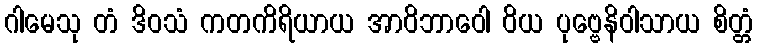
ဂါမေသု တံ ဒိဝသံ ကတကိရိယာယ အာဝိဘာဝေါ ဝိယ ပုဗ္ဗေနိဝါသာယ စိတ္တံ